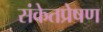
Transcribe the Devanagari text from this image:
संकेतप्रेषण